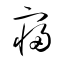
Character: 寝